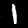
Digit: 1